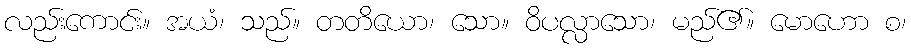
လည်းကောင်း။ အယံ၊ သည်။ တတိယော၊ သော။ ဝိပလ္လာသော၊ မည်၏။ မောဟော စ၊